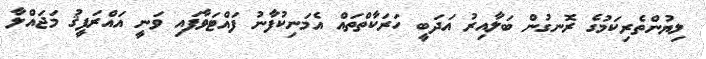
ލިޔުންތެރިކަމުގެ ރޮނގުން ބަލާއިރު އަދަބީ ހަރަކާތްތައް އެމަނިކުފާނު ފައްޓަވާފައި ވަނީ އައްރަފީޤު މަޖައްލާ